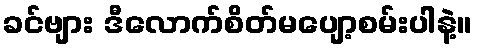
ခင်ဗျား ဒီလောက်စိတ်မပျော့စမ်းပါနဲ့။